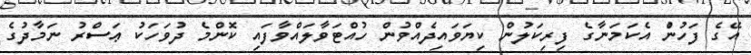
އޭގެ ފަހުނުް އެކަމަނާގެ ފިރިކަލުން ކިޔަވައިދެއްވުން ހުއްޓަވާލައްވާފައި ކޮންމެ ދުވަހަކު ޢަސްރު ނަމާދުގެ